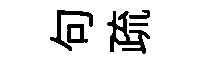
句疏